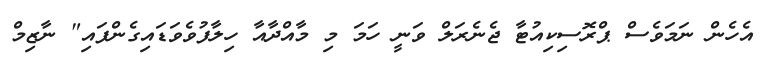
އެހެން ނަމަވެސް ޕްރޮސިކިއުޓާ ޖެނެރަލް ވަނީ ހަމަ މި މާއްދާއާ ހިލާފުވެވަޑައިގެންފައި" ނާޒިމް